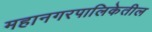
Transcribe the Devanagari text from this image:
महानगरपालिकेतील